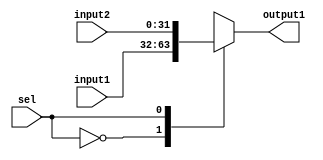
module mux2_1( input1 , input2, sel, output1 );
  input [31:0] input1, input2;
  input sel;
  output reg [31:0]output1;
  
  
  always @(input1 or input2 or sel )
    begin 
      case(sel)
       
          1'b0:   output1[31:0]=input1[31:0];
          1'b1:  output1[31:0]=input2[31:0];
          
      endcase
    end
 endmodule